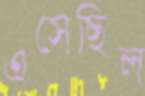
এসেছিল